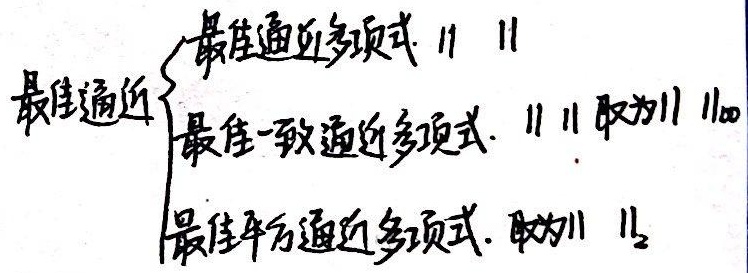
最佳逼近
\(\begin{cases}
\text{最佳逼近多项式} \ \|\ \|\\
\text{最佳一致逼近多项式，}\|\ \| \text{取为}\|\ \|_{\infty}\\
\text{最佳平方逼近多项式，取为}\|\ \|_{2}
\end{cases}\)